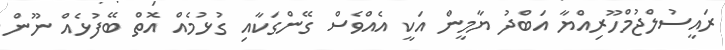
ރައީސުލްޖުމްހޫރިއްޔާ އަބްދު ޔާމީން އަކީ އެއްވެސް ގޭންގަކާއި ގުޅުމެއް އޮތް ބޭފުޅެއް ނޫން